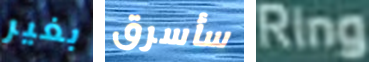
بغير سأسرق Ring